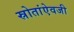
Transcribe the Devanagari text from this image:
स्रोतांऐवजी